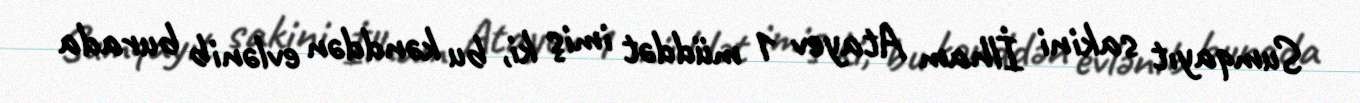
Sumqayıt sakini İlham Atayev 1 müddət imiş ki, bu kənddən evlənib burada